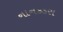
નાનકડસ